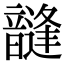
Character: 韼